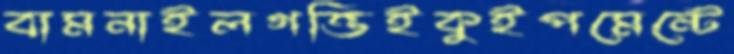
বামনাইলগত্তিইকুইপমেন্টে